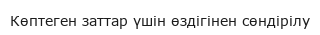
Көптеген заттар үшін өздігінен сөндірілу